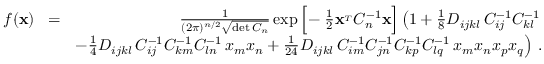
\begin{array} { r l r } { f ( { \bf x } ) } & { \! = \! } & { { \frac { 1 } { ( 2 \pi ) ^ { n / 2 } \sqrt { \operatorname* { d e t } C _ { n } } } } \exp \Big [ \! - { \frac { 1 } { 2 } } { \bf x } ^ { _ T } C _ { n } ^ { - 1 } { \bf x } \Big ] \left( 1 + { \frac { 1 } { 8 } } D _ { i j k l } \, C _ { i j } ^ { - 1 } C _ { k l } ^ { - 1 } \right. } \\ & { } & { \left. - { \frac { 1 } { 4 } } D _ { i j k l } \, C _ { i j } ^ { - 1 } C _ { k m } ^ { - 1 } C _ { l n } ^ { - 1 } \, x _ { m } x _ { n } + { \frac { 1 } { 2 4 } } D _ { i j k l } \, C _ { i m } ^ { - 1 } C _ { j n } ^ { - 1 } C _ { k p } ^ { - 1 } C _ { l q } ^ { - 1 } \, x _ { m } x _ { n } x _ { p } x _ { q } \right) \, . } \end{array}